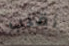
أقلب